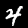
Digit: 4